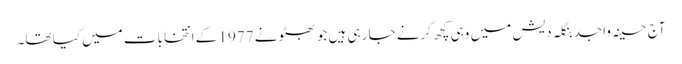
آج حسینہ واجد بنگلہ دیش میں وہی کچھ کرنے جا رہی ہیں جو بھٹو نے 1977 کے انتخابات میں کیا تھا۔